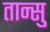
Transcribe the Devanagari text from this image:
तान्सु